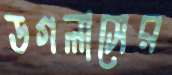
ডগলাসের